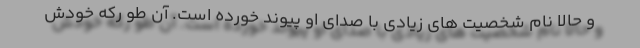
و حالا نام شخصیت های زیادی با صدای او پیوند خورده است. آن طو رکه خودش